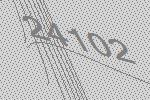
24102